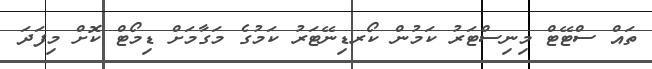
ތައް ސްޓޭޓް މިނިސްޓަރު ކަމުން ކޯރޑިނޭޓަރު ކަމުގެ މަގާމަށް ޑިމޯޓް ކޮށް މިފަދަ